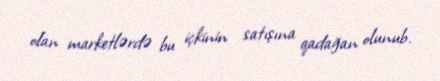
olan marketlərdə bu içkinin satışına qadağan olunub.